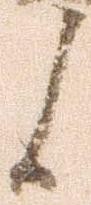
候